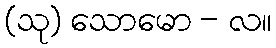
(သု) သောမော - လ။